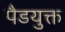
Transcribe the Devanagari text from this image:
पैडयुक्त